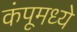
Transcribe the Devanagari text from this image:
कंपूमध्ये